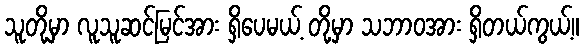
သူတို့မှာ လူသူဆင်မြင်အား ရှိပေမယ့် တို့မှာ သဘာဝအား ရှိတယ်ကွယ့်။